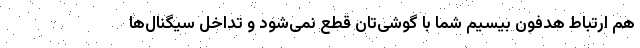
هم ارتباط هدفون بیسیم شما با گوشی‌تان قطع نمی‌شود و تداخل سیگنال‌ها